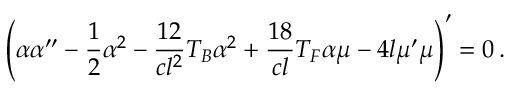
\left( \alpha \alpha ^ { \prime \prime } - \frac 1 2 \alpha ^ { 2 } - \frac { 1 2 } { c l ^ { 2 } } T _ { B } \alpha ^ { 2 } + \frac { 1 8 } { c l } T _ { F } \alpha \mu - 4 l \mu ^ { \prime } \mu \right) ^ { \prime } = 0 \, .